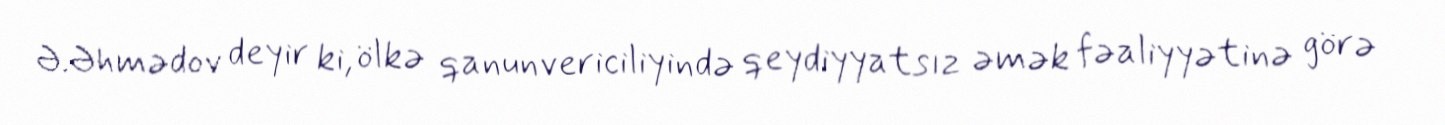
Ə.Əhmədov deyir ki, ölkə qanunvericiliyində qeydiyyatsız əmək fəaliyyətinə görə